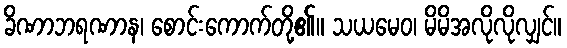
ခိဏာဘရဏာန၊ စောင်းကောက်တို့၏။ သယမေဝ၊ မိမိအလိုလိုလျှင်။